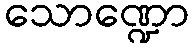
သောဏ္ဍော